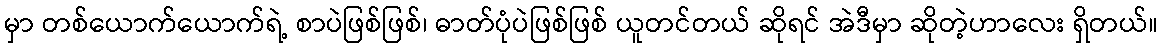
မှာ တစ်ယောက်ယောက်ရဲ့ စာပဲဖြစ်ဖြစ်၊ ဓာတ်ပုံပဲဖြစ်ဖြစ် ယူတင်တယ် ဆိုရင် အဲဒီမှာ ဆိုတဲ့ဟာလေး ရှိတယ်။